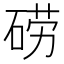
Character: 𮀤